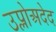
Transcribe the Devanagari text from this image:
उप्लोअदेद